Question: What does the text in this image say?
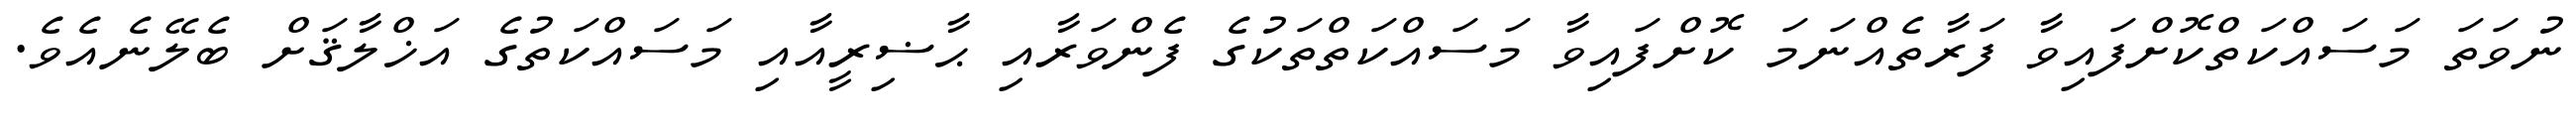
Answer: ނުވަތަ މަސައްކަތްކޮށްފައިވާ ފަރާތެއްނަމަ ކޮށްފައިވާ މަސައްކަތްތަކުގެ ފެންވަރާއި ޙާޟިރީއާއި މަސައްކަތުގެ އަޚްލާޤަށް ބެލޭނެއެވެ.